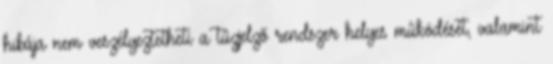
hibája nem veszélyeztetheti a tûzjelzõ rendszer helyes mûködését, valamint